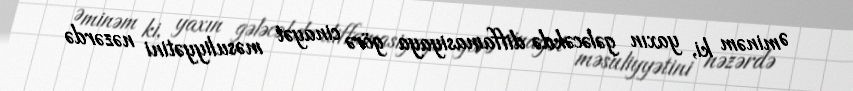
Əminəm ki, yaxın gələcəkdə diffamasiyaya görə cinayət məsuliyyətini nəzərdə